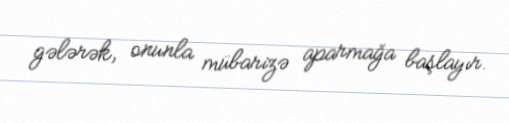
gələrək, onunla mübarizə aparmağa başlayır.